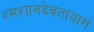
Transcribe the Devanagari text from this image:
श्मशानदेवतायागं